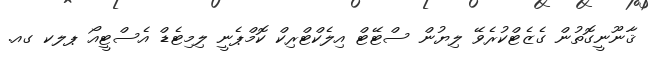
ޤާނޫނީގޮތުން ގެޒެޓްކުރެވޭ ލިޔުން ސްޓޭޓް އިލެކްޓްރިކް ކޮމްޕެނީ ލިމިޓެޑް އެސްޓީއޯ ޕލކ ގއ.